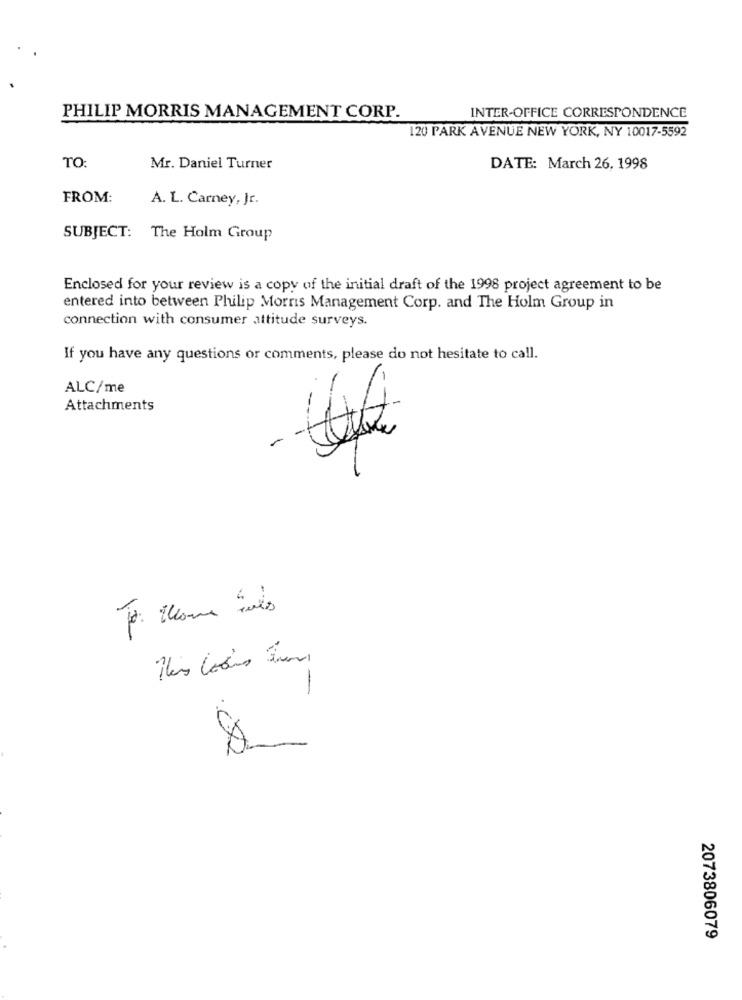
PHILIP MORRIS MANAGEMENT CORP.
INTER-OFFICE CORRESPONDENCE
120 PARK AVENUE NEW YORK, NY 10017-5592
TO:
Mr. Daniel Turner
DATE: March 26. 1998
FROM:
A. L. Carney, Jr.
SUBJECT: The Holm Group
Enclosed for your review is a copy of the initial draft of the 1998 project agreement to be
entered into between Philip Morris Management Corp. and The Holm Group in
connection with consumer attitude surveys.
If you have any questions or comments, please do not hesitate to call.
-
ALC/me
Attachments
Nes Lodis Fun
2073806079